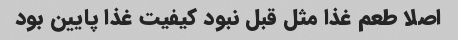
اصلا طعم غذا مثل قبل نبود کیفیت غذا پایین بود